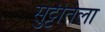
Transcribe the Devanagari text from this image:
सुट्टीतला